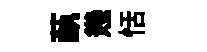
蓺幾恬